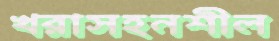
খরাসহনশীল